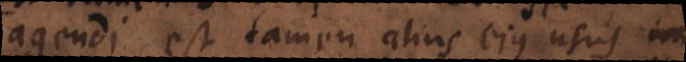
agendi, est tamen alius ejus usus a